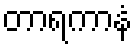
တာရကာနံ